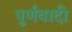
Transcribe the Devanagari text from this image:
पूर्णवादी